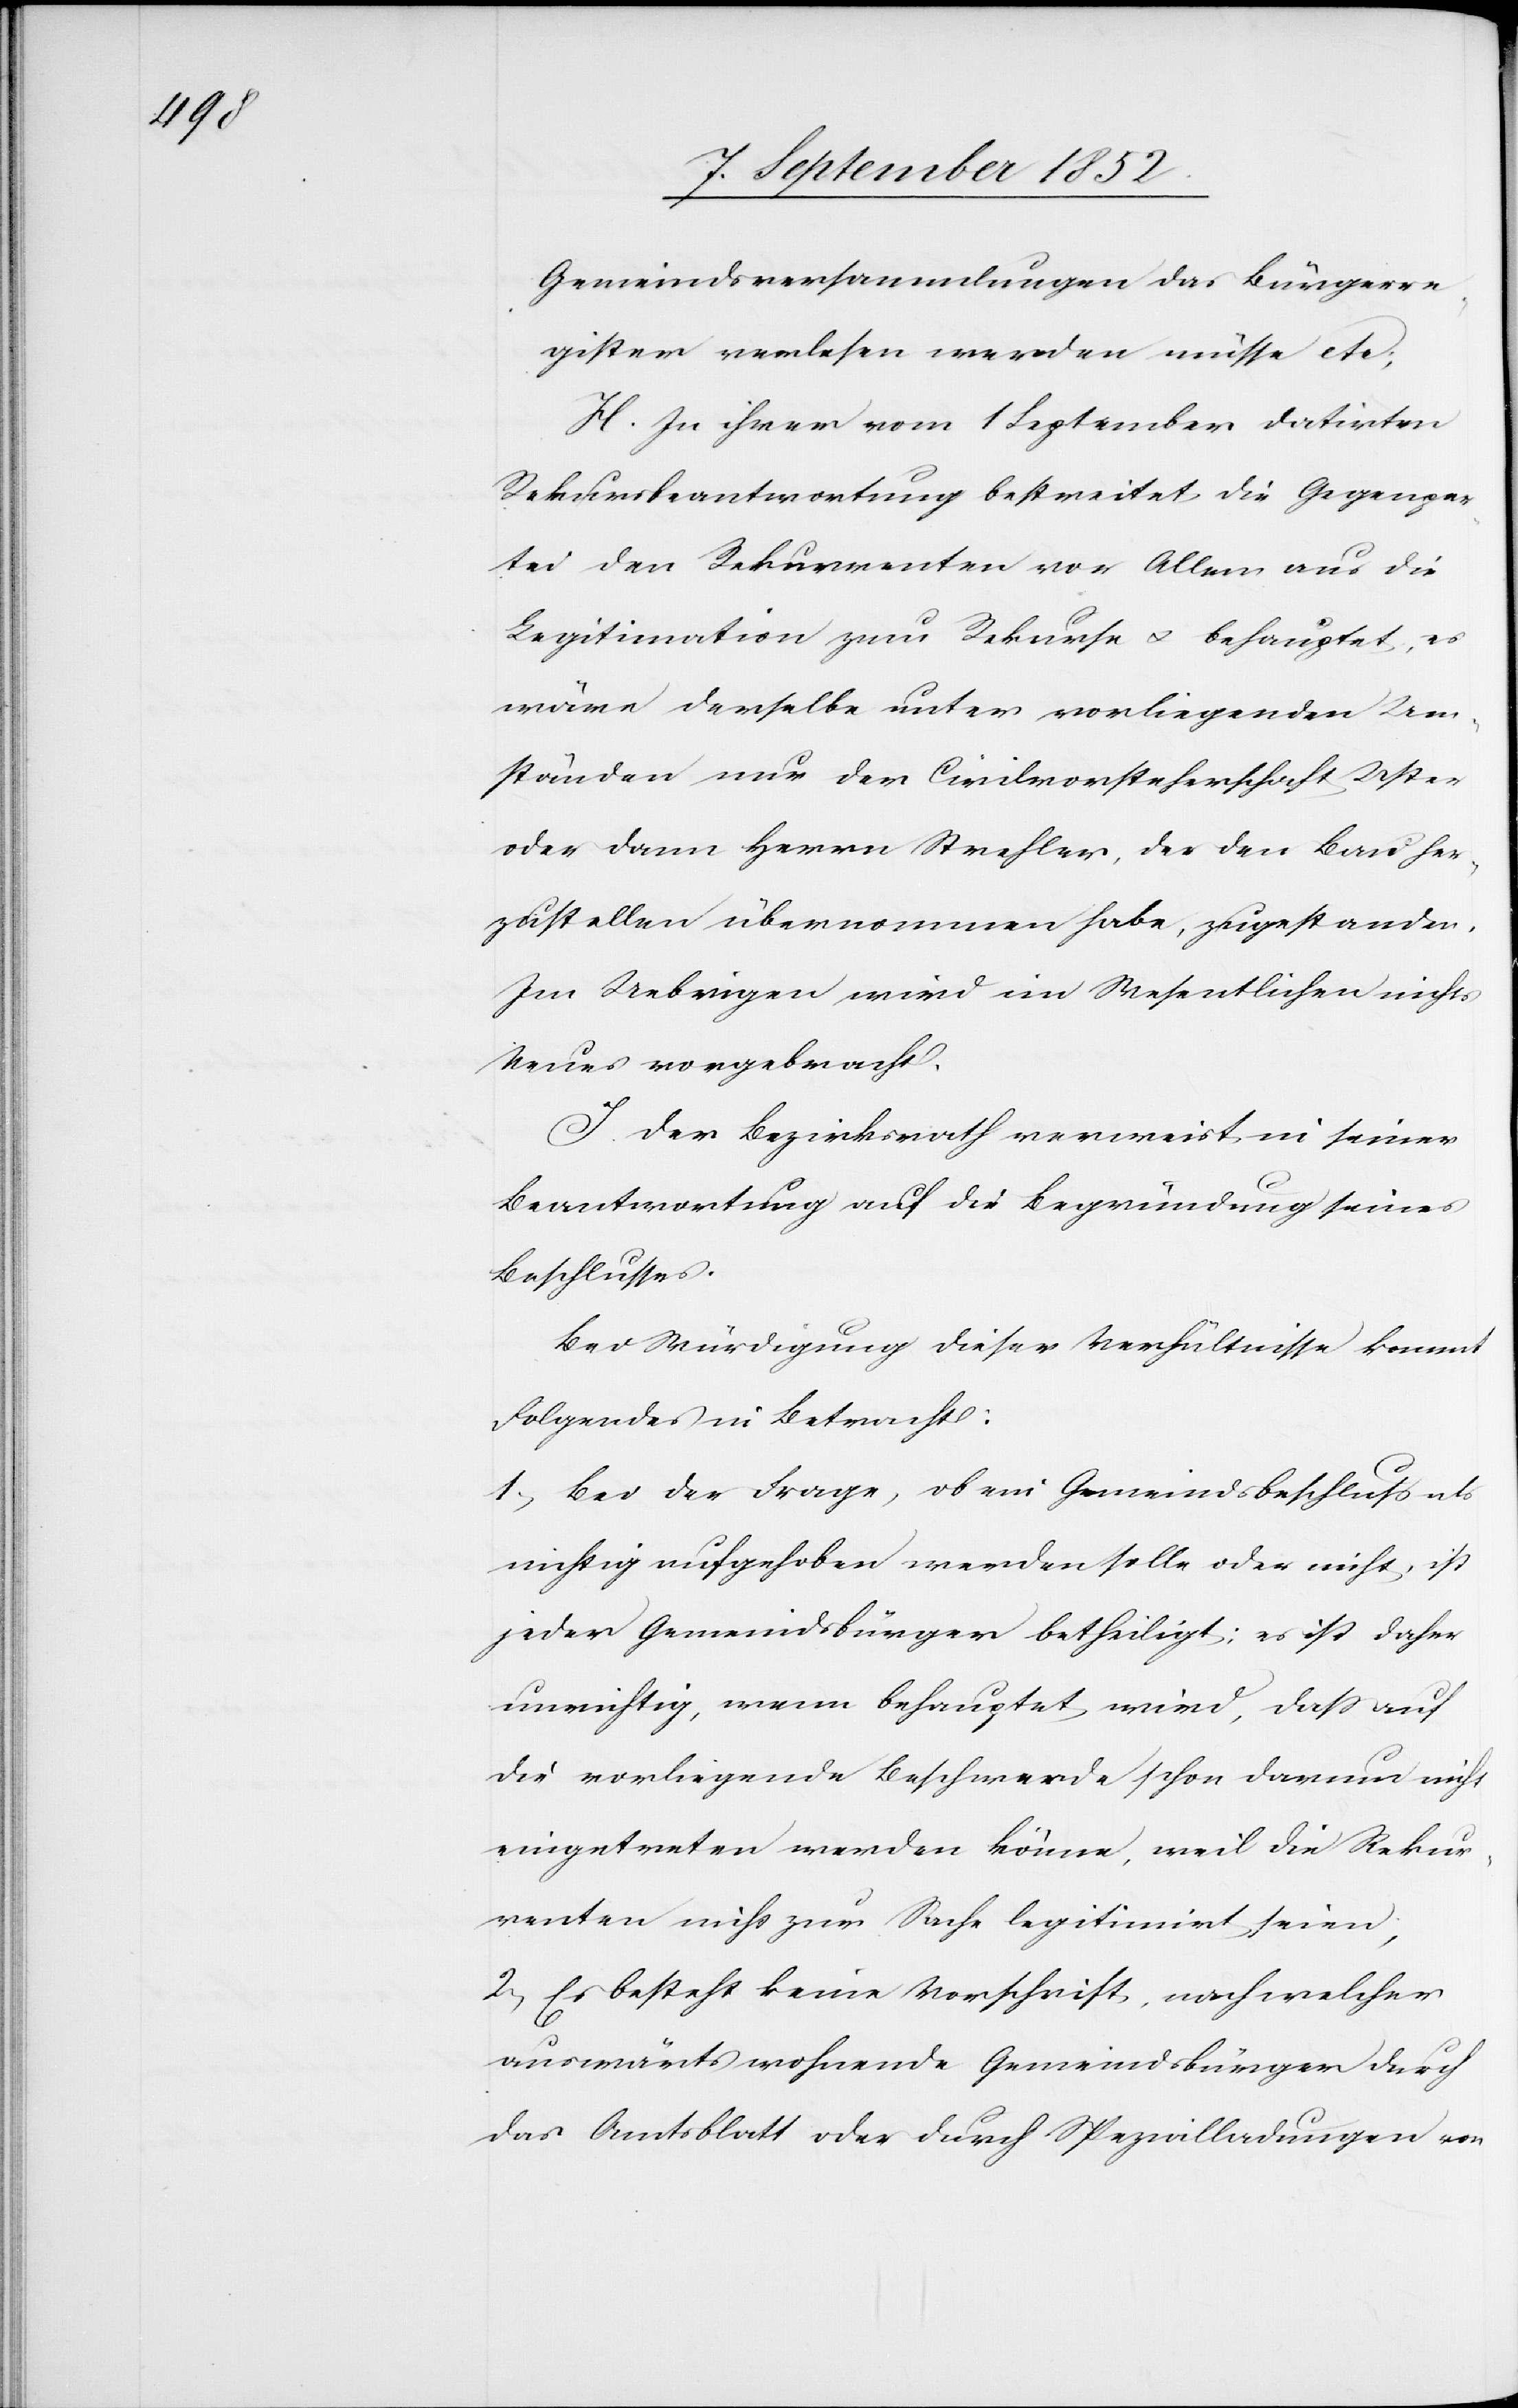
Gemeindsversammlungen das Bürgerre¬
gister verlesen werden müsse etc;
H. In ihrer vom 1 September datirten
Rekursbeantwortung bestreitet die Gegenpar¬
tei den Rekurrenten vor Allem aus die
Legitimation zum Rekurse & behauptet, es
wäre derselbe unter vorliegenden Um¬
ständen nur der Civilvorsteherschaft Uster
oder dann Herrn Strehler, der den Bau her¬
zustellen übernommen habe, zugestanden.
Im Uebrigen wird im Wesentlichen nichts
Neues vorgebracht.
I. Der Bezirksrath verweist in seiner
Beantwortung auf die Begründung seines
Beschlusses.
Bei Würdigung dieser Verhältnisse kommt
Folgendes in Betracht:
Bei der Frage, ob ein Gemeindsbeschluss als
nichtig aufgehoben werden solle oder nicht, ist
jeder Gemeindsbürger betheiligt; es ist daher
unrichtig, wenn behauptet wird, dass auf
die vorliegende Beschwerde schon darum nicht
eingetreten werden könne, weil die Rekur¬
renten nicht zur Sache legitimirt seien;
Es besteht keine Vorschrift, nach welcher
auswärts wohnende Gemeindsbürger durch
das Amtsblatt oder durch Spezialladungen von